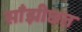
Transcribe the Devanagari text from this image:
साँझीछत